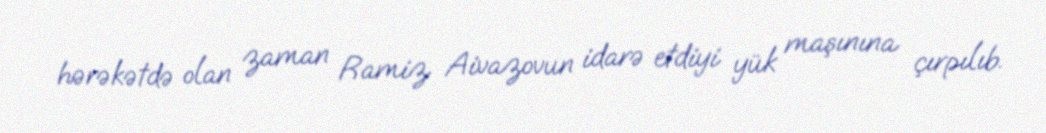
hərəkətdə olan zaman Ramiz Aivazovun idarə etdiyi yük maşınına çırpılıb.